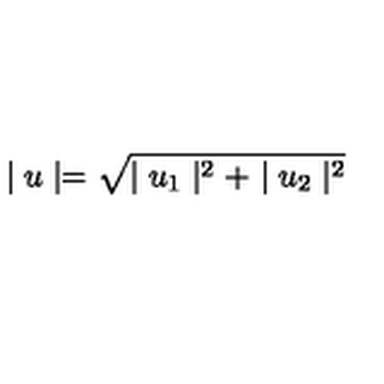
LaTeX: \mid u \mid = \sqrt { \mid u _ { 1 } \mid ^ { 2 } + \mid u _ { 2 } \mid ^ { 2 } }